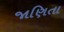
જાણિતા